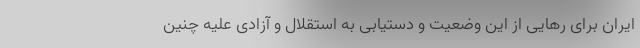
ایران برای رهایی از این وضعیت و دستیابی به استقلال و آزادی علیه چنین